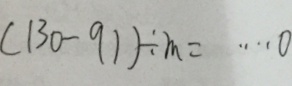
( 1 3 0 - 9 1 ) \div m = \cdots 0